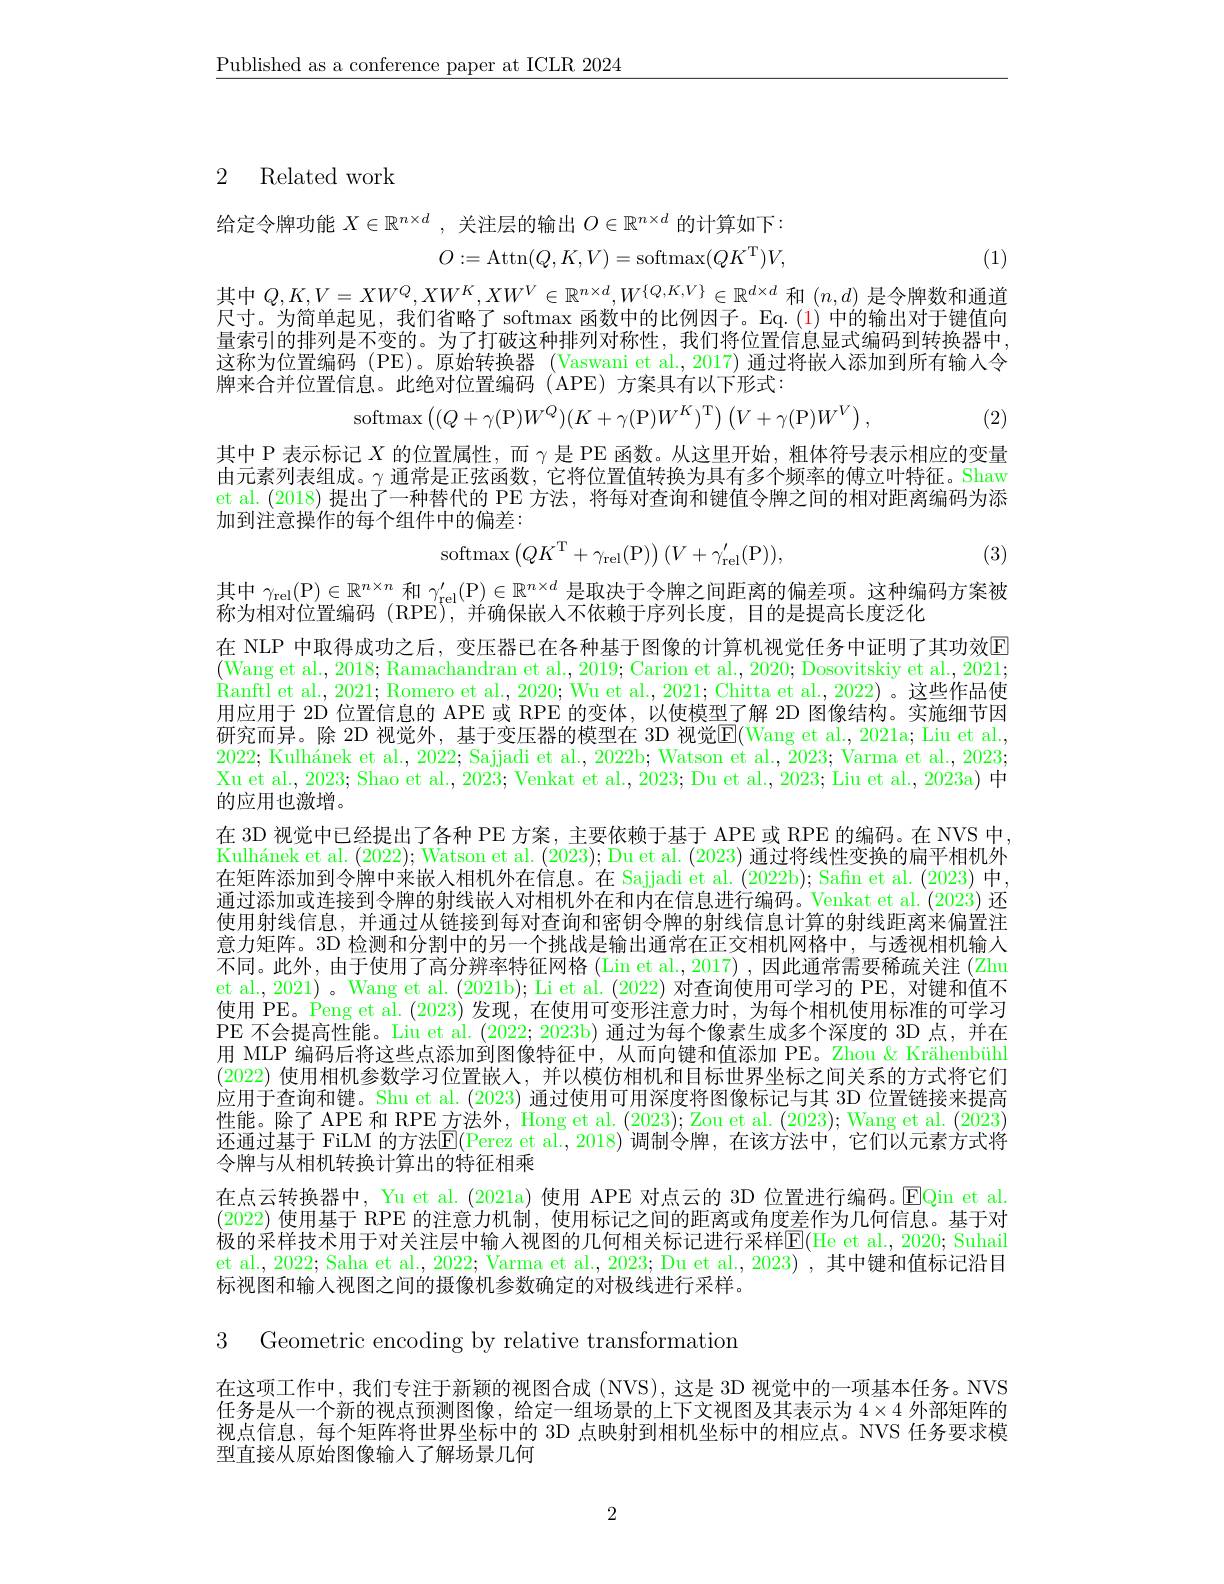
$\underline{\text{Published as a conference paper at ICLR 2024}}$

# 2 Related work

给定令牌功能$X\in\mathbb{R}^n\times d$ ,关注层的输出$O\in\mathbb{R}^n\times d$的计算如下：
$$O:=\operatorname{Attn}(Q,K,V)=\operatorname{softmax}(QK^{\mathrm{T}})V,$$
(1)

其中$Q,K,V=XW^Q,XW^K,XW^V\in\mathbb{R}^{n\times d},W^{\{Q,K,V\}}\in\mathbb{R}^{d\times d}$和$(n,d)$是令牌数和通道尺寸。为简单起见，我们省略了 softmax 函数中的比例因子。Eq.(1) 中的输出对于键值向量索引的排列是不变的。为了打破这种排列对称性，我们将位置信息显式编码到转换器中， 这称为位置编码 (PE)。原始转换器 (Vaswani et al.,2017) 通过将嵌人添加到所有输入令牌来合并位置信息。此绝对位置编码(APE)方案具有以下形式：
$$\mathrm{softmax}\left((Q+\gamma(\mathrm{P})W^{Q})(K+\gamma(\mathrm{P})W^{K})^{\mathrm{T}}\right)\left(V+\gamma(\mathrm{P})W^{V}\right)$$
(2)

其中 P 表示标记$X$的位置属性，而$\gamma$是 PE 函数。从这里开始，粗体符号表示相应的变量由元素列表组成。$\gamma$通常是正弦函数，它将位置值转换为具有多个频率的傅立叶特征。Shaw et al.(2018) 提出了一种替代的 PE 方法，将每对查询和键值令牌之间的相对距离编码为添加到注意操作的每个组件中的偏差：
$$\mathrm{softmax}\begin{pmatrix}QK^\mathrm{T}+\gamma_\mathrm{rel}(\mathrm{P})\end{pmatrix}(V+\gamma_\mathrm{rel}^{\prime}(\mathrm{P})),$$
(3)

其中$\gamma _\mathrm{rel}( \mathbb{P} ) \in \mathbb{R} ^{n\times n}$和$\gamma _\mathrm{rel}^{\prime }( \mathbb{P} ) \in \mathbb{R} ^{n\times d}$是取决于令牌之间距离的偏差项。这种编码方案被
称为相对位置编码 (RPE),并确保嵌人不依赖于序列长度，目的是提高长度泛化
在 NLP 中取得成功之后，变压器已在各种基于图像的计算机视觉任务中证明了其功效$\color{red}{\mathrm{E}}$ (Wang et al.,2018; Ramachandran et al.,2019; Carion et al.,2020; Dosovitskiy et al.,2021; $\begin{aligned}\text{Ranftl et al.,2021; Romero et al.,2020; Wu et al.,2021; Chitta et al.,2022)。这些作品使}\end{aligned}$ 用应用于 2D 位置信息的 APE 或 RPE 的变体，以使模型了解 2D 图像结构。实施细节因研究而异。除 2D 视觉外，基于变压器的模型在 3D 视觉$\boxed{\mathrm{E}}($Wang et al.,2021a; Liu et al., 2022; Kulhánek et al., 2022; Sajjadi et al., 2022b; Watson et al., 2023; Varma et al.,2023; Xu et al., 2023; Shao et al., 2023; Venkat et al., 2023; Du et al., 2023; Liu et al., 2023a) 中的应用也激增。
在 3D 视觉中已经提出了各种 PE 方案，主要依赖于基于 APE 或 RPE 的编码。在 NVS 中， Kulhánek et al. (2022); Watson et al. (2023); Du et al. (2023)通过将线性变换的扁平相机外在矩阵添加到令牌中来嵌人相机外在信息。在 Sajjadi et al. (2022b); Safn et al. (2023)中， 通过添加或连接到令牌的射线嵌人对相机外在和内在信息进行编码。Venkat et al. (2023)还使用射线信息，并通过从链接到每对查询和密钥令牌的射线信息计算的射线距离来偏置注意力矩阵。3D 检测和分割中的另一个挑战是输出通常在正交相机网格中，与透视相机输人不同。此外，由于使用了高分辨率特征网格 (Lin et al., 2017) , 因此通常需要稀疏关注 (Zhu et al., 2021) 。Wang et al. (2021b); Li et al. (2022)对查询使用可学习的 PE, 对键和值不使用 PE。Peng et al. (2023) 发现，在使用可变形注意力时，为每个相机使用标准的可学习PE 不会提高性能。Liu et al. (2022;2023b) 通过为每个像素生成多个深度的 3D 点，并在用 MLP 编码后将这些点添加到图像特征中，从而向键和值添加 PE。Zhou &Krähenbühl (2022)使用相机参数学习位置嵌人，并以模仿相机和目标世界坐标之间关系的方式将它们应用于查询和键。Shu et al. (2023)通过使用可用深度将图像标记与其 3D 位置链接来提高性能。除了 APE 和 RPE 方法外，Hong et al. (2023); Zou et al. (2023); Wang et al. (2023) 还通过基于 FiLM 的方法$\mathbb{E}($Perez et al.,2018)调制令牌，在该方法中，它们以元素方式将令牌与从相机转换计算出的特征相乘
在点云转换器中，Yu et al.(2021a) 使用 APE 对点云的 3D 位置进行编码。EQin et al. (2022)使用基于 RPE 的注意力机制，使用标记之间的距离或角度差作为几何信息。基于对极的采样技术用于对关注层中输入视图的几何相关标记进行采样$\overline{\mathrm{E}}($He et al., 2020; Suhail et al., 2022; Saha et al., 2022; Varma et al., 2023; Du et al., 2023) , 其中键和值标记沿目标视图和输入视图之间的摄像机参数确定的对极线进行采样。

3 Geometric encoding by relative transformation

在这项工作中，我们专注于新颖的视图合成 (NVS),这是 3D 视觉中的一项基本任务。NVS 任务是从一个新的视点预测图像，给定一组场景的上下文视图及其表示为$4\times4$外部矩阵的视点信息，每个矩阵将世界坐标中的 3D 点映射到相机坐标中的相应点。NVS 任务要求模型直接从原始图像输入了解场景几何

2